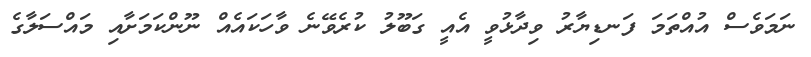
ނަމަވެސް އުއްތަމަ ފަނޑިޔާރު ވިދާޅުވީ އެއީ ގަބޫލު ކުރެވޭނެ ވާހަކައެއް ނޫންކަމަށާއި މައްސަލާގެ